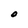
Character: O